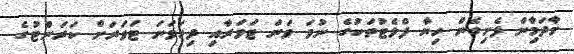
މާދަމާިން ފެށިގެން ހިޔާ ފްލެޓުތަކުގެ ނުވަ ވަނަ ޓަވަރާއި ދިހަވަނަ ޓަވަރަށް ކަރަންްޓުގެ